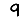
Digit: 9